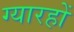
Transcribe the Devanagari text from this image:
ग्यारहों